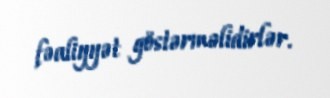
fəaliyyət göstərməlidirlər.